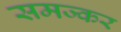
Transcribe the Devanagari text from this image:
समज्कर